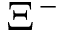
\Xi ^ { - }